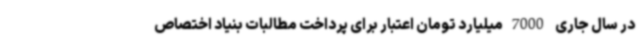
در سال جاری 7000میلیارد تومان اعتبار برای پرداخت مطالبات بنیاد اختصاص